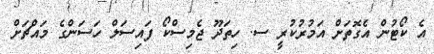
އެ ކޯޓުން އެގޮތަށް އަމުރުކުރީ ސ. ހިތަދޫ ޖެމިސްކޯ ފައިސަލް ހަސަންގެ މައްޗަށް